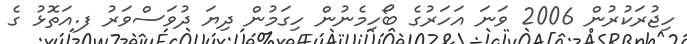
ހިޖުރަކުރުން 2006 ވަނަ އަހަރުގެ ބޯހިމެނުން ހިގަމުން ދިޔަ ދުވަސްވަރު ފ.އަތޮޅު ގެ